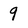
Character: 9